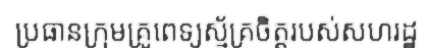
ប្រធានក្រុមគ្រូពេទ្យស្ម័គ្រចិត្តរបស់សហរដ្ឋ